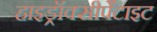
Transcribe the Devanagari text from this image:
हाइड्रॉक्सीपैटाइट